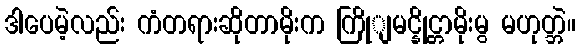
ဒါပေမဲ့လည်း ကံတရားဆိုတာမိုးက ကြိုျမင္နိုင္တာမိုးမွ မဟုတ္ဘဲ။